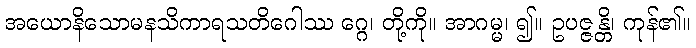
အယောနိသောမနသိကာရသတိဂေါဿ ဂ္ဂေ၊ တို့ကို။ အာဂမ္မ၊ ၍။ ဥပဇ္ဇန္တိ၊ ကုန်၏။